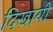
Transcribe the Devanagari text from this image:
दिखायीं